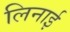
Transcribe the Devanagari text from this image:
लिनाई